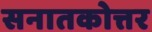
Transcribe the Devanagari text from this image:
सनातकोत्तर